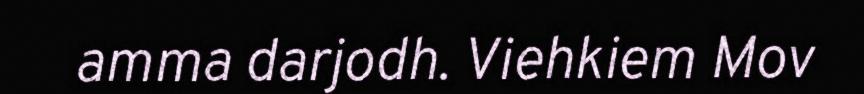
amma darjodh. Viehkiem Mov